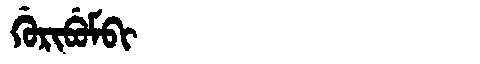
Manchu: ᡤᡠᡵᡳᠪᡠᠮᠪᡳ
Romanization: GURIBUMBI